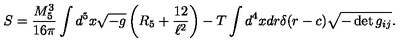
S = \frac { M _ { 5 } ^ { 3 } } { 1 6 \pi } \int d ^ { 5 } x \sqrt { - g } \left( R _ { 5 } + \frac { 1 2 } { \ell ^ { 2 } } \right) - T \int d ^ { 4 } x d r \delta ( r - c ) \sqrt { - \det g _ { i j } } .